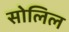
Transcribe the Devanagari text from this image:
सोलिल